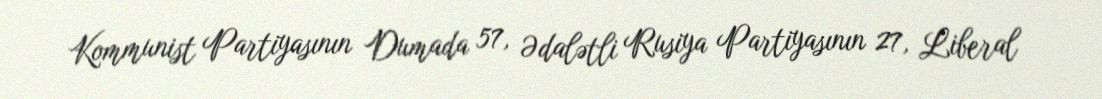
Kommunist Partiyasının Dumada 57, Ədalətli Rusiya Partiyasının 27, Liberal